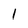
Character: 1